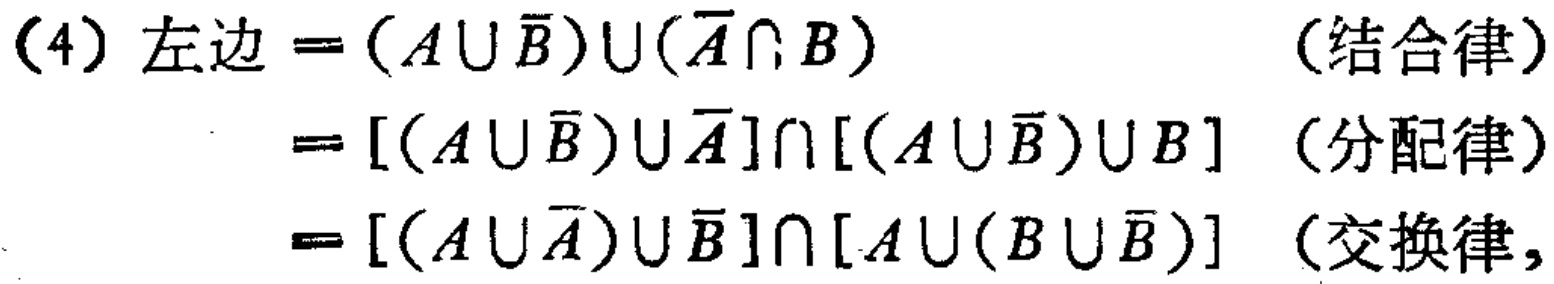
\begin{align*}

\text{(4) 左边}&=(A\cup \overline{B})\cup(\overline{A}\cap B)\quad\text{(结合律)}\\

&=[(A\cup \overline{B})\cup \overline{A}]\cap[(A\cup \overline{B})\cup B]\quad\text{(分配律)}\\

&=[(A\cup \overline{A})\cup \overline{B}]\cap[A\cup(B\cup \overline{B})]\quad\text{(交换律,}

\end{align*}